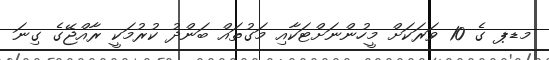
މޑޕ ގެ 10 ވަރަކަށް މީހުންނަށްޓަކާއި މަގުތައް ބަންދު ކުރުމަކީ ރާއްޖޭގެ ގިނަ